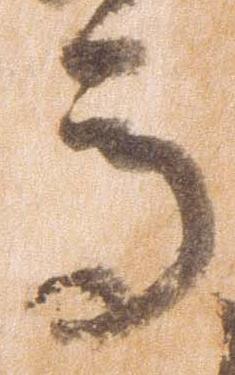
馬